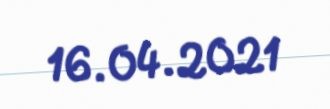
16.04.2021